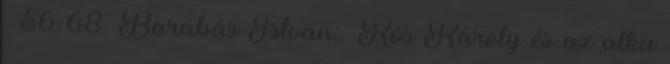
– 56-68. Barabás István: Kós Károly és az alku